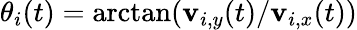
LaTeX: \theta_{i}(t)=\arctan(\mathbf{v}_{i,y}(t)/\mathbf{v}_{i,x}(t))